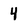
Character: 4